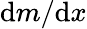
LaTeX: \textrm{d}m/\textrm{d}x